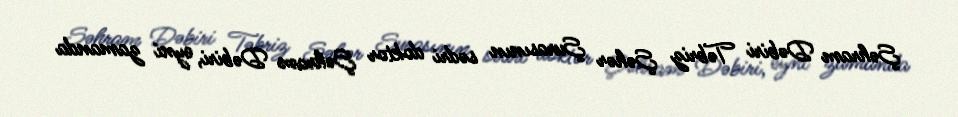
Şəhram Dəbiri Təbriz Şəhər Şurasının sədri doktor Şəhram Dəbiri, eyni zamanda